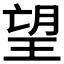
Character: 望